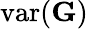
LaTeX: \mathrm{var}(\mathbf G)